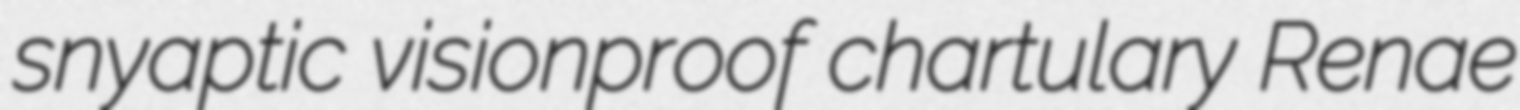
snyaptic visionproof chartulary Renae